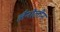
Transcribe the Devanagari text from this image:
लैनोलीन